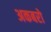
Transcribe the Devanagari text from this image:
अकबरो